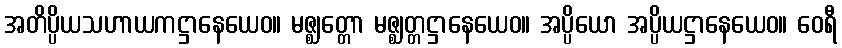
အတိပ္ပိယသဟာယကဋ္ဌာနေယေဝ။ မဇ္ဈတ္တော မဇ္ဈတ္တဋ္ဌာနေယေဝ။ အပ္ပိယော အပ္ပိယဋ္ဌာနေယေဝ။ ဝေရီ